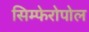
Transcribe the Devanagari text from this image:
सिम्फेरोपोल